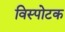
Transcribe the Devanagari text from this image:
विस्पोटक